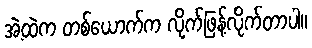
အဲ့ထဲက တစ်ယောက်က လိုက်ဖြန့်လိုက်တာပါ။